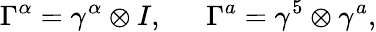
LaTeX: \Gamma^{\alpha}=\gamma^{\alpha}\otimes I,\ \ \ \ \ \ \Gamma^{a}=\gamma^{5}\otimes\gamma^{a},